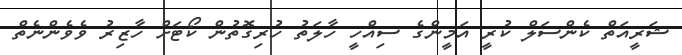
ޝަރީއަތް ކެންސަލް ކުރީ އަމީންގެ ސިއްހީ ހާލަތު ހުރިގޮތުން ކޯޓަށް ހާޒިރު ވެވެންނެތް